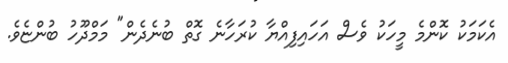
އެކަމަކު ކޮންމެ މީހަކު ވެސް އަހައިފިއްޔާ ކުރަހާނެ ގޮތް ބުނެދެން" މަމްދޫހު ބުންޏެވެ.